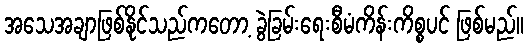
အသေအချာဖြစ်နိုင်သည်ကတော့ ခွဲခြမ်းရေးစီမံကိန်းကိစ္စပင် ဖြစ်မည်။